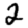
Digit: 2